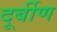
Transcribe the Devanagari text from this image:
दूर्बीण